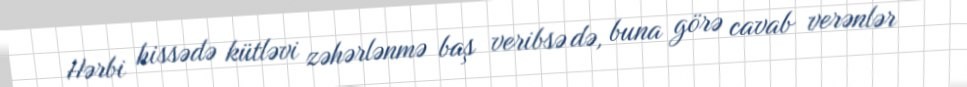
Hərbi hissədə kütləvi zəhərlənmə baş veribsə də, buna görə cavab verənlər